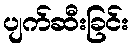
ပျက်ဆီးခြင်း